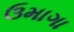
ઉમાગા